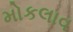
મોકલાવ